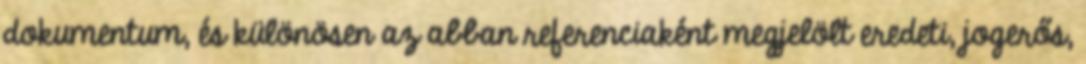
dokumentum, és különösen az abban referenciaként megjelölt eredeti, jogerős,